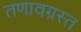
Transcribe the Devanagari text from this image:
तणावग्रस्त